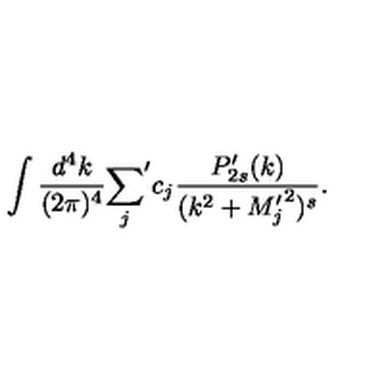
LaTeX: \int { \frac { d ^ { 4 } k } { ( 2 \pi ) ^ { 4 } } } { \sum _ { j } } ^ { \prime } c _ { j } { \frac { P _ { 2 s } ^ { \prime } ( k ) } { ( k ^ { 2 } + { M _ { j } ^ { \prime } } ^ { 2 } ) ^ { s } } } .